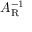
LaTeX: A _ { \mathrm { R } } ^ { - 1 }